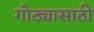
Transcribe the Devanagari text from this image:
गोठ्यासाठी